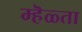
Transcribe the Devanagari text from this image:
म्हॆळ्ता